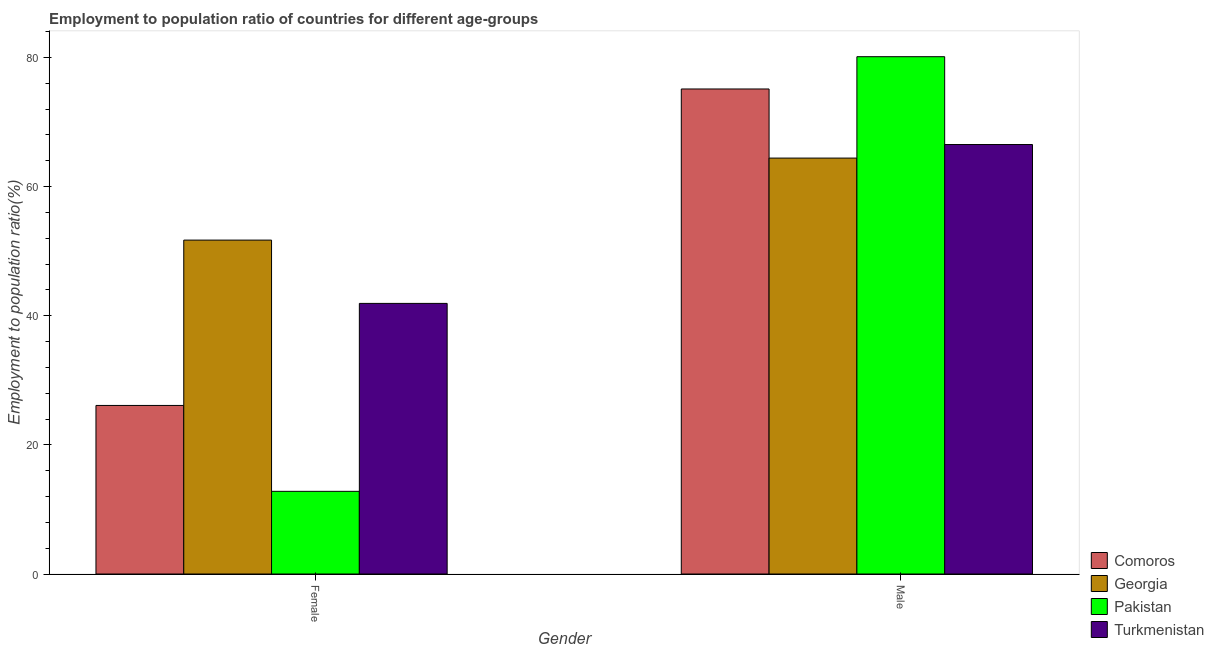
| Gender | Comoros | Georgia | Pakistan | Turkmenistan |
 | --- | --- | --- | --- | --- |
 | Female | 26.1 | 51.7 | 12.8 | 41.9 |
 | Male | 75.1 | 64.4 | 80.1 | 66.5 |